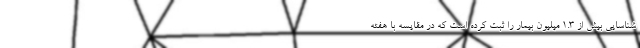
شناسایی بیش از ۱.۳ میلیون بیمار را ثبت کرده است که در مقایسه با هفته